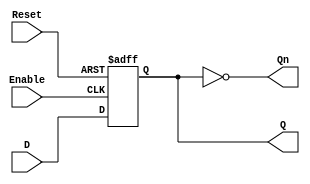
module LatchRegister #(
    parameter N = 8 // Number of bits in the register
)(
    input wire [N-1:0] D,       // Data input
    input wire Enable,           // Control signal (Enable)
    input wire Reset,            // Asynchronous reset signal
    output reg [N-1:0] Q,        // Data output
    output reg [N-1:0] Qn        // Complementary output
);

// Asynchronous reset logic
always @(posedge Reset or posedge Enable) begin
    if (Reset) begin
        Q <= {N{1'b0}};          // Initialize to 0 on reset
    end else if (Enable) begin
        Q <= D;                 // Load data when Enable is high
    end
end

// Generate complementary output
always @(*) begin
    Qn = ~Q;                    // Complement of Q
end

endmodule